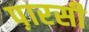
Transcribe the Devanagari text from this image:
प़ारसी